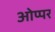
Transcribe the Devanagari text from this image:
ओप्पर